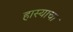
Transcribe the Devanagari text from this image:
हास्याचा